Civil Veterinary Dept. Bombay admin report 1923-31 - 1923-1931
Year: 1923
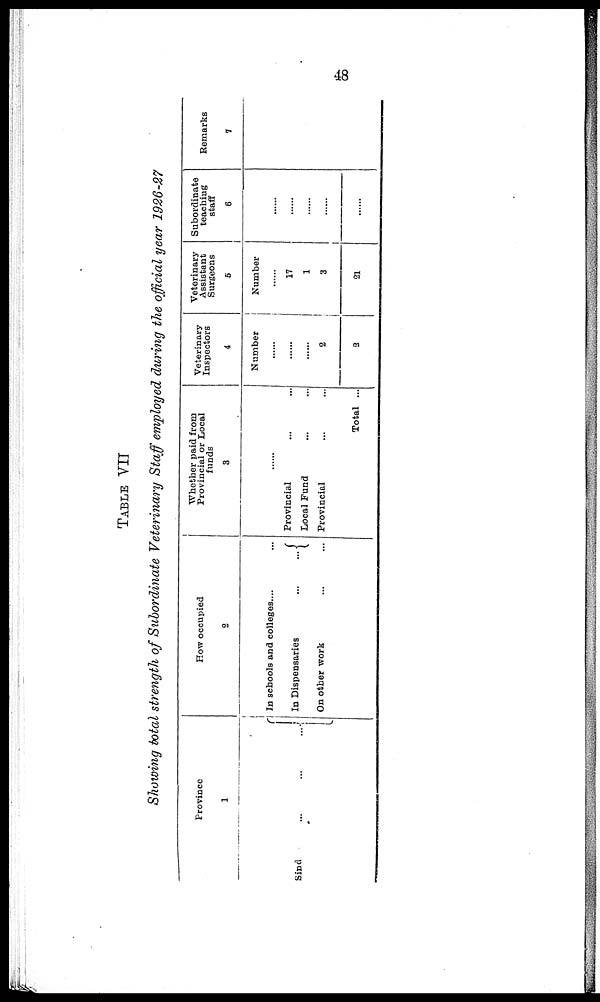
48
TABLE
VII
Showing total strength of Subordinate Veterinary Staff employed during the official year 1926-27
Province
1
Sind
...
...
...
How occupied
2
In schools and colleges.... ...
In Dispensaries
...
...
On other work ... ...
Whether paid from
Provincial or Local
funds
3
......
Provincial ... ...
Local Fund ... ...
Provincial ... ...
Total ...
Veterinary
Inspectors
4
Number
......
......
......
2
2
Veterinary
Assistant
Surgeons
5
Number
......
17
1
3
21
Subordinate
teaching
staff
6
......
......
......
......
......
Remarks
7